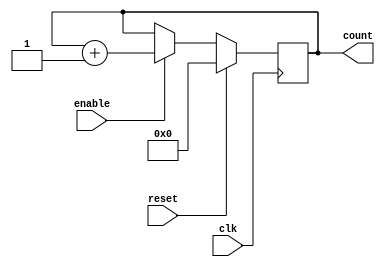
//--------------------------------------------------------------------
//Design Name:Counter
//Function   :4-bits up counter
//--------------------------------------------------------------------
module counter (clk, reset, enable, count);
input clk, reset, enable;             //wire
output reg [3:0] count;               //wirereg

always @ (posedge clk)
if (reset == 1'b1) begin
   count <= 0;
end else if (enable == 1'b1) begin
   count <= count + 1;
end

endmodule